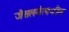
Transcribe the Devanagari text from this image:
जैसलमेरमधील